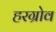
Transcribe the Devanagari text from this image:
हरग्रोव